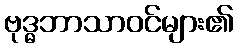
ဗုဒ္ဓဘာသာဝင်များ၏